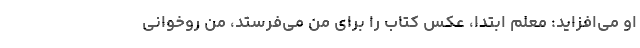
او می‌افزاید: معلم ابتدا، عکس کتاب را برای من می‌فرستد، من روخوانی